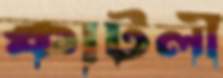
কাটলী